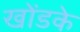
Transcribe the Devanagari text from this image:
खोंडके